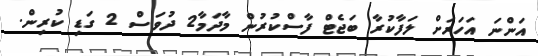
އަންނަ އަހަރަށް ލަފާކުރާ ބަޖެޓް ފާސްކުރުން މާދަމާ2 ދުވަސް 2 ގަޑި ކުރިން.